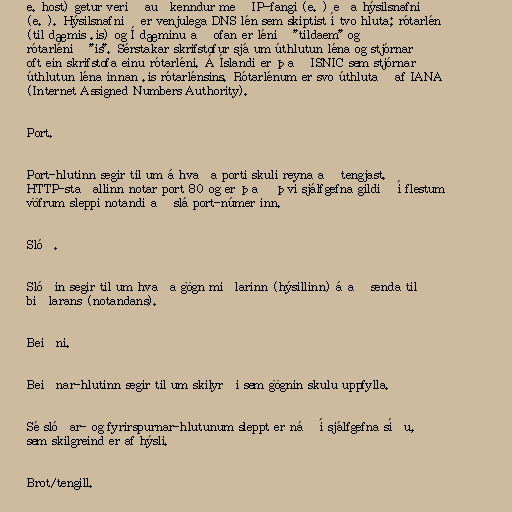
e. host) getur verið auðkenndur með IP-fangi (e. ) eða hýsilsnafni
(e. ). Hýsilsnafnið er venjulega DNS lén sem skiptist í tvo hluta; rótarlén
(til dæmis .is) og Í dæminu að ofan er lénið "tildaem" og
rótarlénið "is". Sérstakar skrifstofur sjá um úthlutun léna og stjórnar
oft ein skrifstofa einu rótarléni. Á Íslandi er það ISNIC sem stjórnar
úthlutun léna innan .is rótarlénsins. Rótarlénum er svo úthlutað af IANA
(Internet Assigned Numbers Authority).

Port.

Port-hlutinn segir til um á hvaða porti skuli reyna að tengjast.
HTTP-staðallinn notar port 80 og er það því sjálfgefna gildið í flestum
vöfrum sleppi notandi að slá port-númer inn.

Slóð.

Slóðin segir til um hvaða gögn miðlarinn (hýsillinn) á að senda til
biðlarans (notandans).

Beiðni.

Beiðnar-hlutinn segir til um skilyrði sem gögnin skulu uppfylla.

Sé slóðar- og fyrirspurnar-hlutunum sleppt er náð í sjálfgefna síðu,
sem skilgreind er af hýsli.

Brot/tengill.